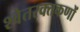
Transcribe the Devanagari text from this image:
श्वेतरक्तकणों